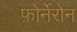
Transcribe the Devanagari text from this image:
फ़ोर्नेरोन